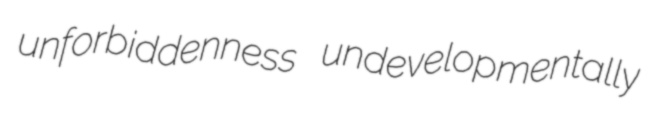
unforbiddenness undevelopmentally